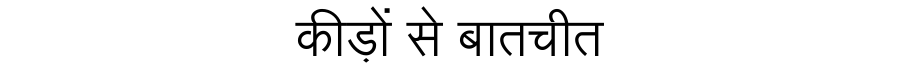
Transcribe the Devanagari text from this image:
कीड़ों से बातचीत